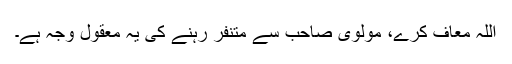
اللہ معاف کرے، مولوی صاحب سے متنفر رہنے کی یہ معقول وجہ ہے۔